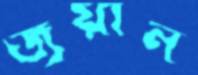
জুয়ান